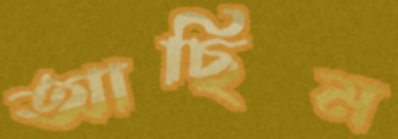
আছিম